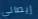
إيصالي